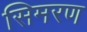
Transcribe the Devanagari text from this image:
सिमरण